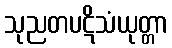
သုညတပဋိသံယုတ္တာ